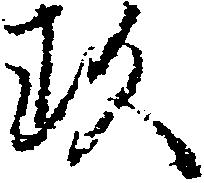
玖